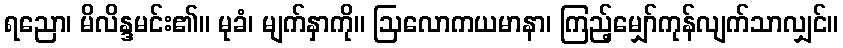
ရညော၊ မိလိန္ဒမင်း၏။ မုခံ၊ မျက်နှာကို။ ဩလောကယမာနာ၊ ကြည့်မျှော်ကုန်လျက်သာလျှင်။